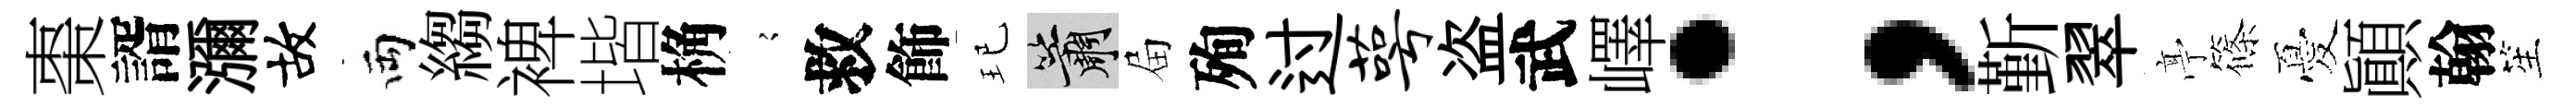
棗諝瀰故両縐裨堦桷𡪹救飾玘簫屇殉过萼盗武嶧；斳翠𠅘篠憂顚翰笙